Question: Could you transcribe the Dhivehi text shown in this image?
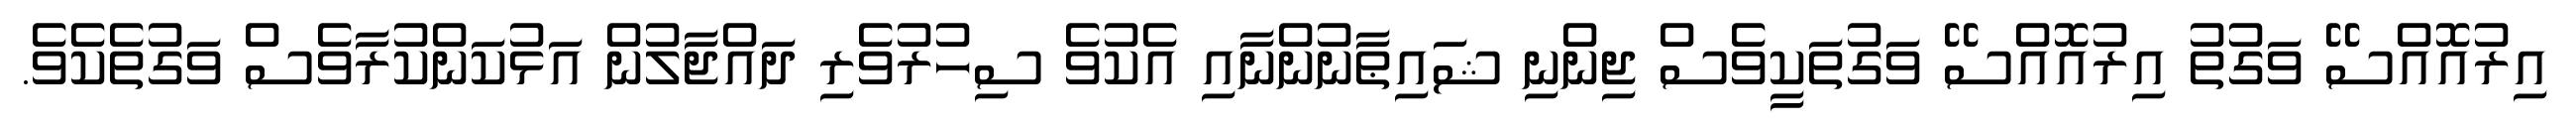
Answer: އިރުއޮއްސޭ ވަގުތު އިރުއޮއްސޭ ވަގުތަކީވެސް ޖިންނި ޝައިޠާނުންނާއި އެކުވެ ސިހުރުވެރި ދައްޖާލުން އަޅުކަންކުރާވެސް ވަގުތެކެވެ.